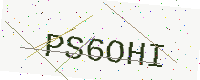
Text: PS6OHI